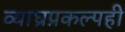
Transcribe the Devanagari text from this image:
व्याघ्रप्रकल्पही